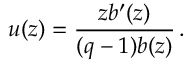
u ( z ) = \frac { z b ^ { \prime } ( z ) } { ( q - 1 ) b ( z ) } \, .